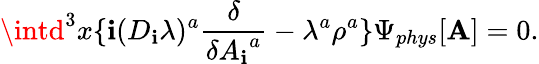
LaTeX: \intd^{3}x\{ \mathbf{i}(D_{\mathbf{i}}\lambda)^{a}\frac{{\delta}}{{\delta{A_{\mathbf{i}}}^{a}}}-\lambda^{a}\rho^{a}\} {\Psi}_{phys}[{\mathbf{A}}]=0.